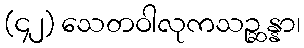
(၄၂) သေတဝါလုကသဉ္ဆန္နာ၊